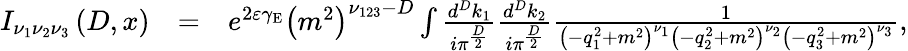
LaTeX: \begin{array}{rlr}{I_{\nu_{1}\nu_{2}\nu_{3}}\left(D,x\right)}&{=}&{e^{2\varepsilon\gamma_{\mathrm{E}}}\left(m^{2}\right)^{\nu_{123}-D}\int\frac{d^{D}k_{1}}{i\pi^{\frac{D}{2}}}\frac{d^{D}k_{2}}{i\pi^{\frac{D}{2}}}\frac{1}{\left(-q_{1}^{2}+m^{2}\right)^{\nu_{1}}\left(-q_{2}^{2}+m^{2}\right)^{\nu_{2}}\left(-q_{3}^{2}+m^{2}\right)^{\nu_{3}}},}\end{array}